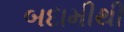
બદામીથી